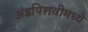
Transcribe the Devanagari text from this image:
अंडपिशवीमध्ये